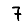
Digit: 7